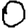
Digit: 0